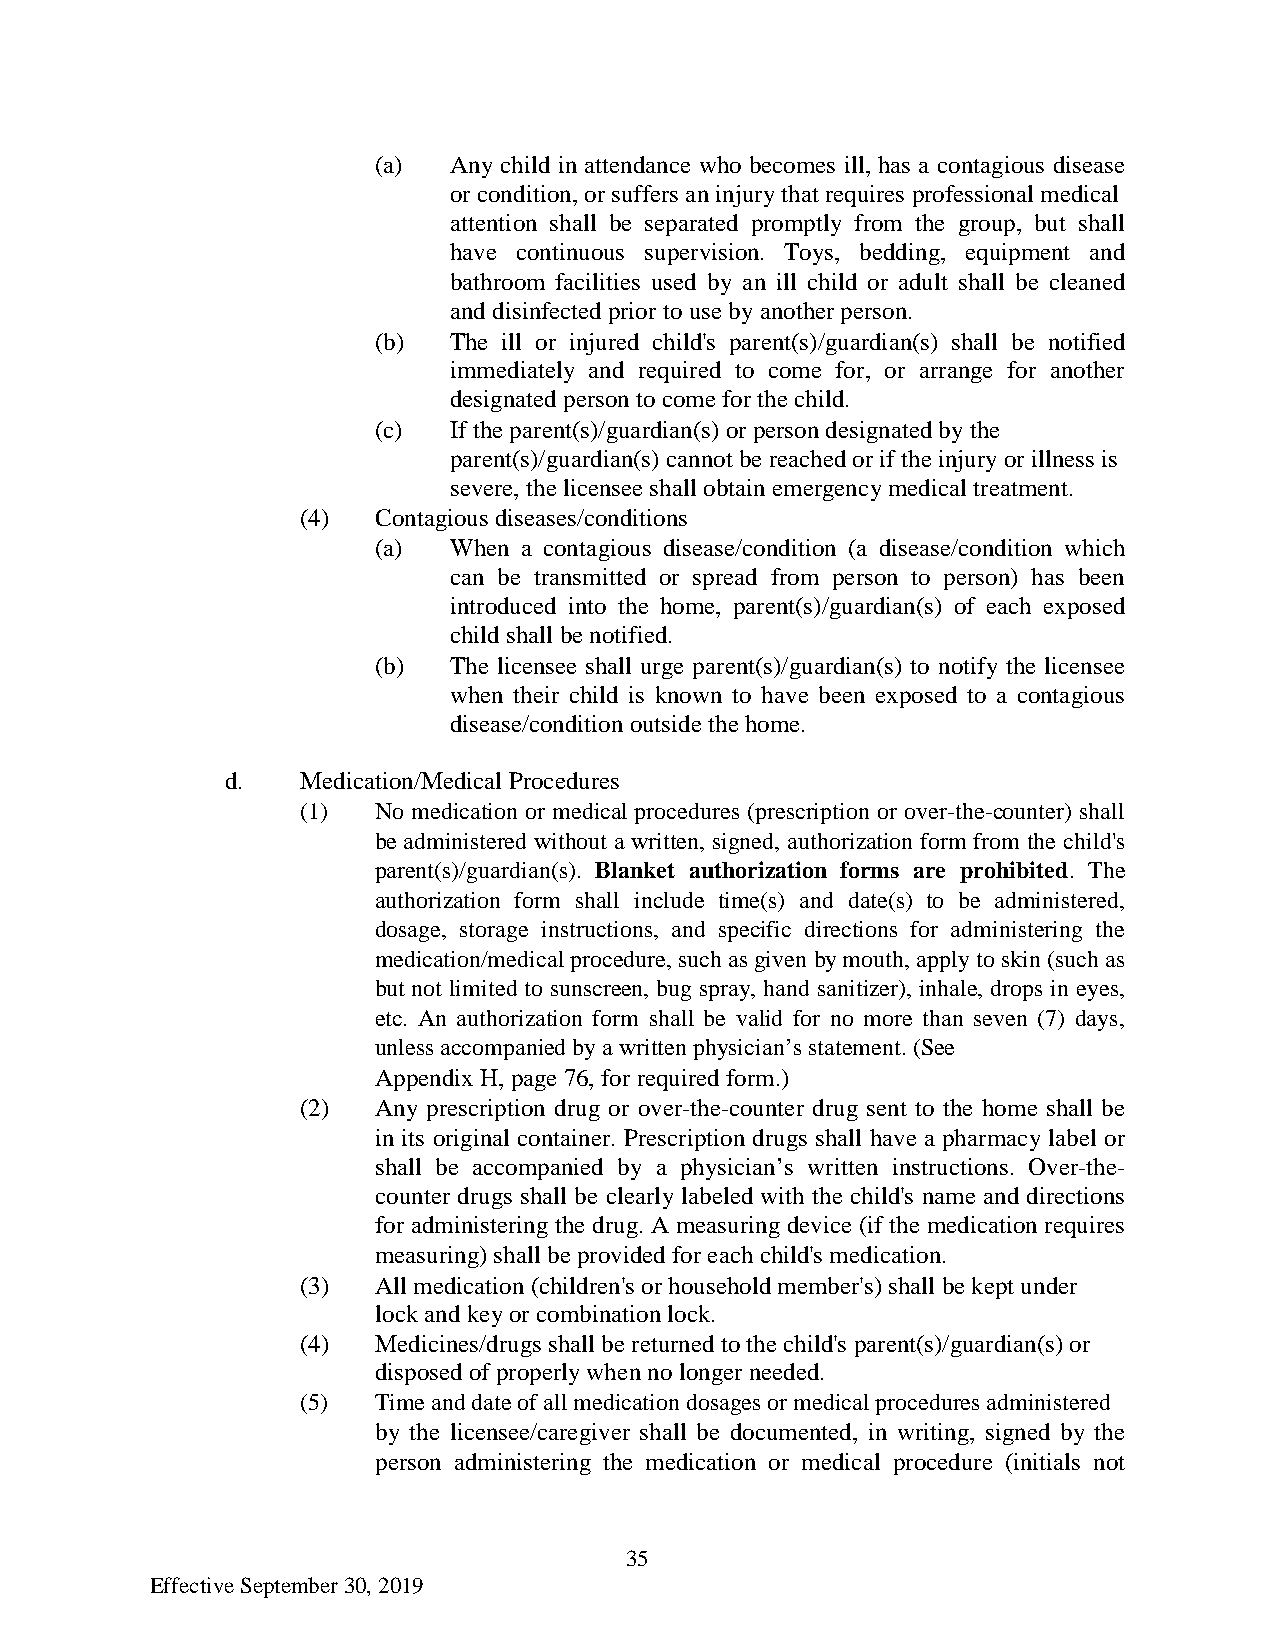
(a)  Any child in attendance who becomes ill, has a contagious disease
 or condition, or suffers an injury that requires professional medical
 attention shall be separated promptly from the group, but shall
 have continuous supervision. Toys, bedding, equipment and
 bathroom facilities used by an ill child or adult shall be cleaned
 and disinfected prior to use by another person.
 (b)  The ill or injured child's parent(s)/guardian(s) shall be notified
 immediately and required to come for, or arrange for another
 designated person to come for the child.
 (c)  If the parent(s)/guardian(s) or person designated by the
 parent(s)/guardian(s) cannot be reached or if the injury or illness is
 severe, the licensee shall obtain emergency medical treatment.
 (4)  Contagious diseases/conditions
 (a)  When a contagious disease/condition (a disease/condition which
 can be transmitted or spread from person to person) has been
 introduced into the home, parent(s)/guardian(s) of each exposed
 child shall be notified.
 (b)  The licensee shall urge parent(s)/guardian(s) to notify the licensee
 when their child is known to have been exposed to a contagious
 disease/condition outside the home.
 d.   Medication/Medical Procedures
 (1)  No medication or medical procedures (prescription or over-the-counter) shall
 be administered without a written, signed, authorization form from the child's
 parent(s)/guardian(s). Blanket authorization forms are prohibited. The
 authorization form shall include time(s) and date(s) to be administered,
 dosage, storage instructions, and specific directions for administering the
 medication/medical procedure, such as given by mouth, apply to skin (such as
 but not limited to sunscreen, bug spray, hand sanitizer), inhale, drops in eyes,
 etc. An authorization form shall be valid for no more than seven (7) days,
 unless accompanied by a written physician’s statement. (See
 Appendix H, page 76, for required form.)
 (2)  Any prescription drug or over-the-counter drug sent to the home shall be
 in its original container. Prescription drugs shall have a pharmacy label or
 shall be accompanied by a physician’s written instructions. Over-the-
 counter drugs shall be clearly labeled with the child's name and directions
 for administering the drug. A measuring device (if the medication requires
 measuring) shall be provided for each child's medication.
 (3)  All medication (children's or household member's) shall be kept under
 lock and key or combination lock.
 (4)  Medicines/drugs shall be returned to the child's parent(s)/guardian(s) or
 disposed of properly when no longer needed.
 (5)  Time and date of all medication dosages or medical procedures administered
 by the licensee/caregiver shall be documented, in writing, signed by the
 person administering the medication or medical procedure (initials not
 35
 Effective September 30, 2019